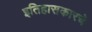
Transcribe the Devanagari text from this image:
इतिहासकारचे